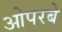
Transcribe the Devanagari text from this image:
ओपरबे